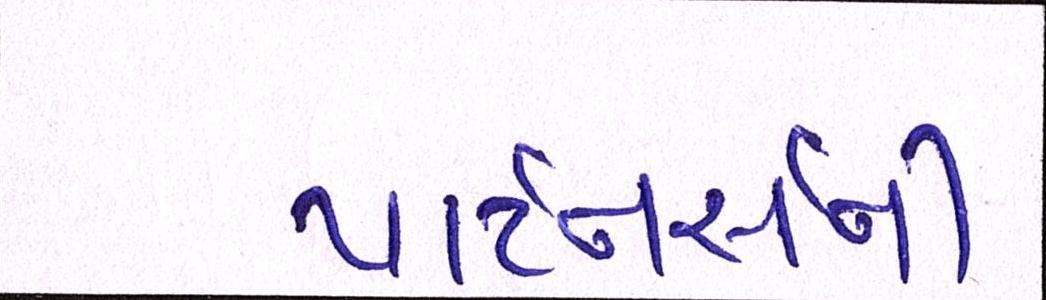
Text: પાર્ટનર્સની